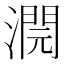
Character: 𣾬